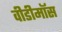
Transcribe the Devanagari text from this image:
वीडीमॉस